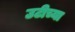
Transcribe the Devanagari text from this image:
उटीच्या